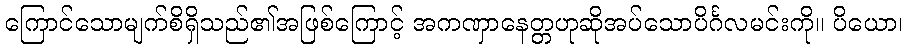
ကြောင်သောမျက်စိရှိသည်၏အဖြစ်ကြောင့် အကဏှာနေတ္တဟုဆိုအပ်သောပိင်္ဂလမင်းကို။ ပိယော၊